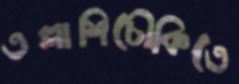
তল্লাশিচৌকিতে